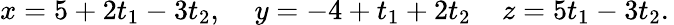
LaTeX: x=5+2t_{1}-3t_{2},\; \; \; \; y=-4+t_{1}+2t_{2}\; \; \; \; z=5t_{1}-3t_{2}.\,